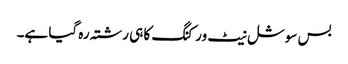
بس سوشل نیٹ ورکنگ کا ہی رشتہ رہ گیا ہے۔